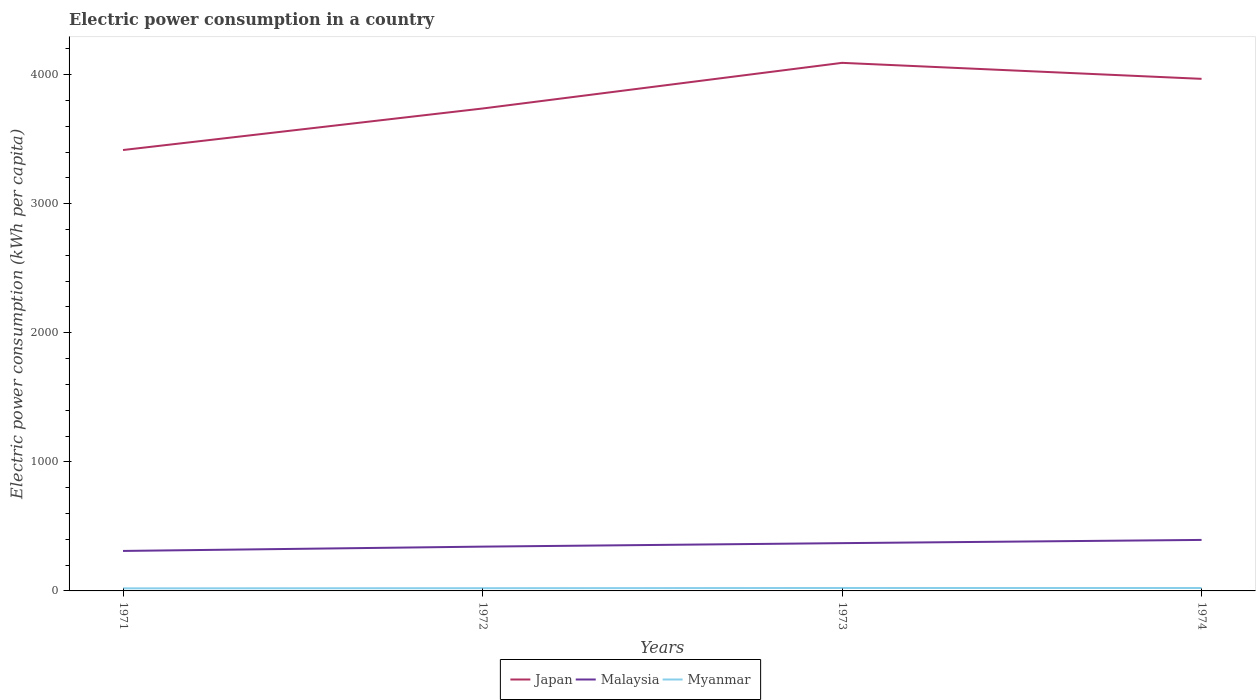
| Years | Japan | Malaysia | Myanmar |
 | --- | --- | --- | --- |
 | 1971 | 3.42e+03 | 310 | 19.9 |
 | 1972 | 3.74e+03 | 343 | 21.2 |
 | 1973 | 4.09e+03 | 370 | 22.8 |
 | 1974 | 3.97e+03 | 395 | 22.5 |